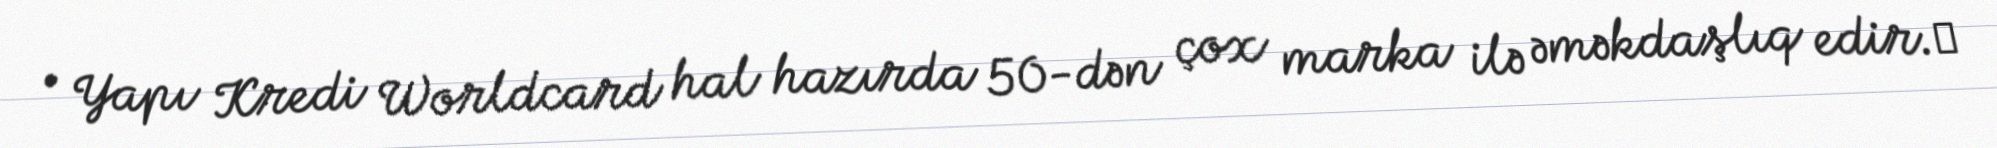
• Yapı Kredi Worldcard hal hazırda 50-dən çox marka ilə əməkdaşlıq edir.